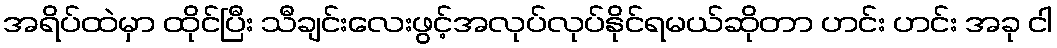
အရိပ်ထဲမှာ ထိုင်ပြီး သီချင်းလေးဖွင့်အလုပ်လုပ်နိုင်ရမယ်ဆိုတာ ဟင်း ဟင်း အခု ငါ